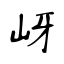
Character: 岈